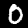
Label: 0